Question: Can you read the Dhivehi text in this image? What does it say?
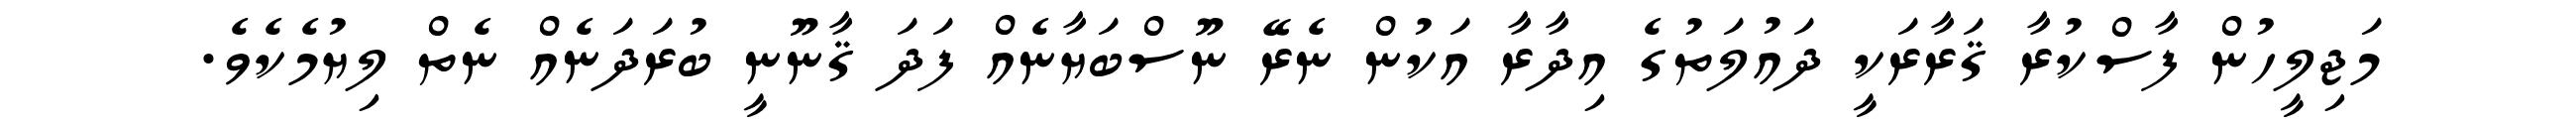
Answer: މަޖިލީހުން ފާސްކުރާ ޤަރާރަކީ ދައުލަތުގެ އިދާރާ އަކުން ނެރޭ ނޫސްބަޔާނެއް ފަދަ ޤާނޫނީ ބުރަދަނެއް ނެތް ލިޔުމެކެވެ.